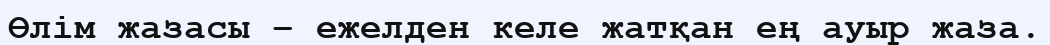
Өлім жазасы – ежелден келе жатқан ең ауыр жаза.